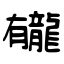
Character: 龓